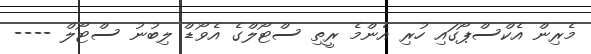
މެރިން އެކްސްޕޯގައި ހުރި އެންމެ ރީތި ސްޓޯލްގެ އެވޯޑް ލިބުނު ސްޓޯލް ----